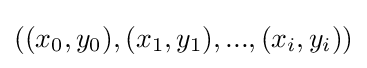
((x_{0},y_{0}),(x_{1},y_{1}),...,(x_{i},y_{i}))